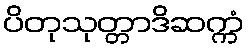
ပိတုသုတ္တာဒိဆက္ကံ